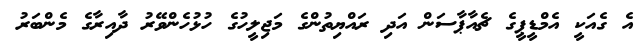
އެ ގެއަކީ އެމްޑީޕީގެ ޗެއާޕާސަން އަދި ރައްޔިތުންގެ މަޖިލީހުގެ ހުޅުހެންވޭރު ދާއިރާގެ މެންބަރު